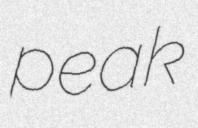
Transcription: peak